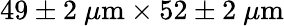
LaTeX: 49\pm 2~\mu\textrm{m}\times 52\pm 2~\mu\textrm{m}